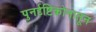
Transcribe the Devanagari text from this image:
पुनर्दृष्टिकोनातून